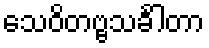
သေဝိတဗ္ဗသင်္ခါတာ